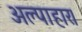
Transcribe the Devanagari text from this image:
अल्पाहार।